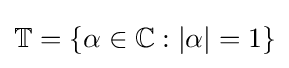
\mathbb {T} =\{\alpha \in \mathbb {C} :|\alpha |=1\}